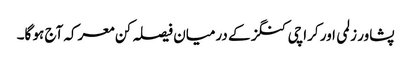
پشاور زلمی اور کراچی کنگز کے درمیان فیصلہ کن معرکہ آج ہو گا۔